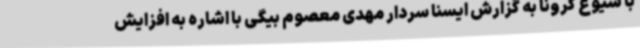
با شیوع کرونا به گزارش ایسنا سردار مهدی معصوم بیگی با اشاره به افزایش